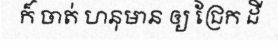
ក៏ ចាត់ ហនុមាន ឲ្យ ជ្រែក ដី